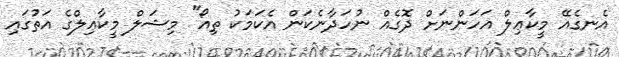
އެނގެއޭ މީކާޢިލް އަހަންނަށް ދޮގެއް ނުހަދާނެކަން އެކަމަކު ތިއޯ" މިޝަލް މީކާޢިލްގެ އަތުގައި